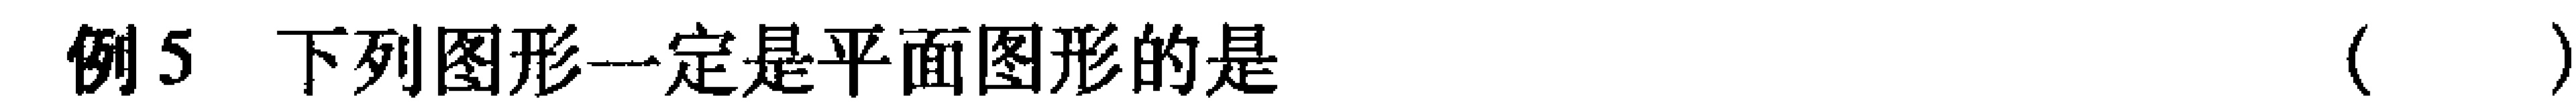
例5 下列图形一定是平面图形的是（  ）